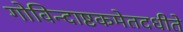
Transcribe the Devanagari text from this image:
गोविन्दाष्टकमेतदधीते